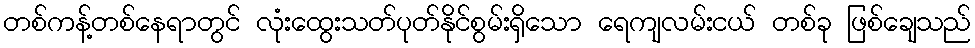
တစ်ကန့်တစ်နေရာတွင် လုံးထွေးသတ်ပုတ်နိုင်စွမ်းရှိသော ရေကျလမ်းငယ် တစ်ခု ဖြစ်ချေသည်